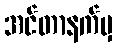
အင်တာနက်မှ